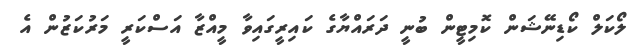
ލޯކަލް ކޯޑިނޭޝަން ކޮމިޓީން ބުނީ ދަރައްޔާގެ ކައިރީގައިވާ މީއްޒާ އަސްކަރީ މަރުކަޒުން އެ